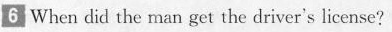
6|When did the man get the driver's license?